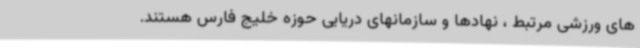
های ورزشی مرتبط ، نهادها و سازمانهای دریایی حوزه خلیج فارس هستند.